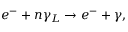
e ^ { - } + n \gamma _ { L } \rightarrow e ^ { - } + \gamma ,